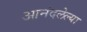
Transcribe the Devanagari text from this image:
आनंदलेल्या